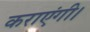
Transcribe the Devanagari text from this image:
कराएंगी।